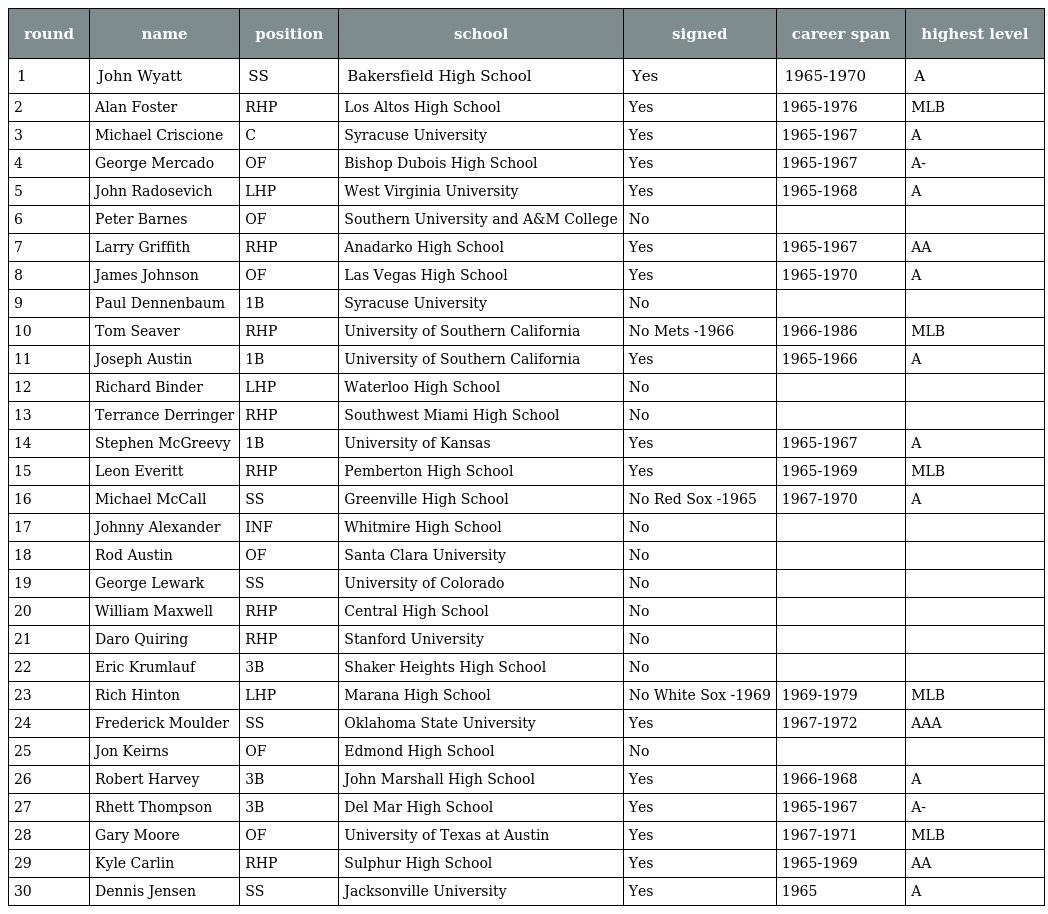
| round | name | position | school | signed | career span | highest level |
 | --- | --- | --- | --- | --- | --- | --- |
 | 1 | John Wyatt | SS | Bakersfield High School | Yes | 1965-1970 | A |
 | 2 | Alan Foster | RHP | Los Altos High School | Yes | 1965-1976 | MLB |
 | 3 | Michael Criscione | C | Syracuse University | Yes | 1965-1967 | A |
 | 4 | George Mercado | OF | Bishop Dubois High School | Yes | 1965-1967 | A- |
 | 5 | John Radosevich | LHP | West Virginia University | Yes | 1965-1968 | A |
 | 6 | Peter Barnes | OF | Southern University and A&M College | No |  |  |
 | 7 | Larry Griffith | RHP | Anadarko High School | Yes | 1965-1967 | AA |
 | 8 | James Johnson | OF | Las Vegas High School | Yes | 1965-1970 | A |
 | 9 | Paul Dennenbaum | 1B | Syracuse University | No |  |  |
 | 10 | Tom Seaver | RHP | University of Southern California | No Mets -1966 | 1966-1986 | MLB |
 | 11 | Joseph Austin | 1B | University of Southern California | Yes | 1965-1966 | A |
 | 12 | Richard Binder | LHP | Waterloo High School | No |  |  |
 | 13 | Terrance Derringer | RHP | Southwest Miami High School | No |  |  |
 | 14 | Stephen McGreevy | 1B | University of Kansas | Yes | 1965-1967 | A |
 | 15 | Leon Everitt | RHP | Pemberton High School | Yes | 1965-1969 | MLB |
 | 16 | Michael McCall | SS | Greenville High School | No Red Sox -1965 | 1967-1970 | A |
 | 17 | Johnny Alexander | INF | Whitmire High School | No |  |  |
 | 18 | Rod Austin | OF | Santa Clara University | No |  |  |
 | 19 | George Lewark | SS | University of Colorado | No |  |  |
 | 20 | William Maxwell | RHP | Central High School | No |  |  |
 | 21 | Daro Quiring | RHP | Stanford University | No |  |  |
 | 22 | Eric Krumlauf | 3B | Shaker Heights High School | No |  |  |
 | 23 | Rich Hinton | LHP | Marana High School | No White Sox -1969 | 1969-1979 | MLB |
 | 24 | Frederick Moulder | SS | Oklahoma State University | Yes | 1967-1972 | AAA |
 | 25 | Jon Keirns | OF | Edmond High School | No |  |  |
 | 26 | Robert Harvey | 3B | John Marshall High School | Yes | 1966-1968 | A |
 | 27 | Rhett Thompson | 3B | Del Mar High School | Yes | 1965-1967 | A- |
 | 28 | Gary Moore | OF | University of Texas at Austin | Yes | 1967-1971 | MLB |
 | 29 | Kyle Carlin | RHP | Sulphur High School | Yes | 1965-1969 | AA |
 | 30 | Dennis Jensen | SS | Jacksonville University | Yes | 1965 | A |